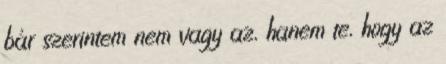
bár szerintem nem vagy az, hanem te, hogy az